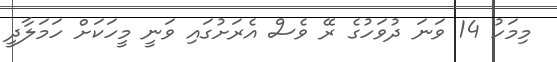
މިމަހު 14 ވަނަ ދުވަހުގެ ރޭ ވެސް އެރަށުގައި ވަނީ މީހަކަށް ހަމަލާދީ